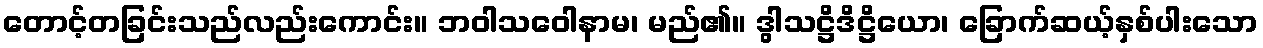
တောင့်တခြင်းသည်လည်းကောင်း။ ဘဝါသဝေါနာမ၊ မည်၏။ ဒွါသဋ္ဌိဒိဋ္ဌိယော၊ ခြောက်ဆယ့်နှစ်ပါးသော